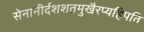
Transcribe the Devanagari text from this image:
सेनानीर्दशशतमुखैरप्यहिपति